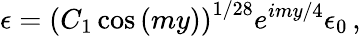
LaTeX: \epsilon=\left(C_{1}\cos{(my)}\right)^{1/28}e^{imy/4}\epsilon_{0}\, ,